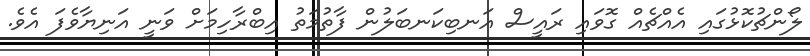
ލޯންޗުކޮޅުގައި އެއްޗެއް ގޮވައި ރައީސް އަނބިކަނބަލުން ފާތުމަތު އިބްރާހިމަށް ވަނީ އަނިޔާވެފަ އެވެ.